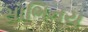
સાભિનય